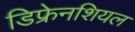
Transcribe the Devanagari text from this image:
डिफ्रेनशियल